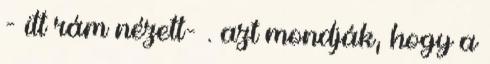
- itt rám nézett- . azt mondják, hogy a